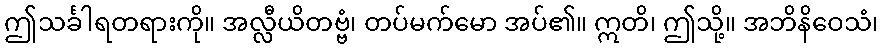
ဤသင်္ခါရတရားကို။ အလ္လီယိတဗ္ဗံ၊ တပ်မက်မော အပ်၏။ ဣတိ၊ ဤသို့။ အဘိနိဝေသံ၊